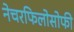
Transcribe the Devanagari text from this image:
नेचरफिलोसोफी